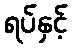
ရပ်နှင့်